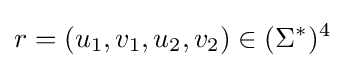
r=(u_{1},v_{1},u_{2},v_{2})\in (\Sigma ^{*})^{4}